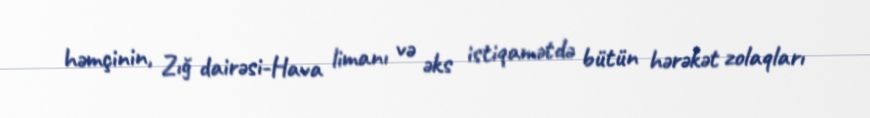
həmçinin, Zığ dairəsi-Hava limanı və əks istiqamətdə bütün hərəkət zolaqları